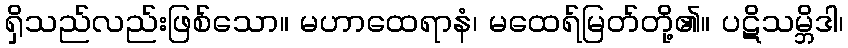
ရှိသည်လည်းဖြစ်သော။ မဟာထေရာနံ၊ မထေရ်မြတ်တို့၏။ ပဋိသမ္ဘိဒါ၊